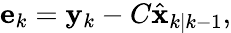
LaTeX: \begin{array}{r}{\mathbf{e}_{k}=\mathbf{y}_{k}-C\hat{\mathbf{x}}_{k|k-1},}\end{array}